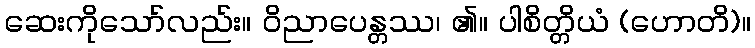
ဆေးကိုသော်လည်း။ ဝိညာပေန္တဿ၊ ၏။ ပါစိတ္တိယံ (ဟောတိ)။